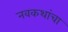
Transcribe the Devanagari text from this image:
नवकथांचा